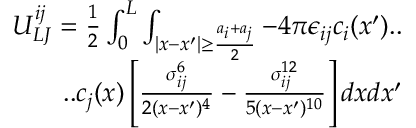
\begin{array} { r } { U _ { L J } ^ { i j } = \frac { 1 } { 2 } \int _ { 0 } ^ { L } \int _ { | x - x ^ { \prime } | \geq \frac { a _ { i } + a _ { j } } { 2 } } - 4 \pi \epsilon _ { i j } c _ { i } ( x ^ { \prime } ) . . } \\ { . . c _ { j } ( x ) \left[ \frac { \sigma _ { i j } ^ { 6 } } { 2 ( x - x ^ { \prime } ) ^ { 4 } } - \frac { \sigma _ { i j } ^ { 1 2 } } { 5 ( x - x ^ { \prime } ) ^ { 1 0 } } \right] d x d x ^ { \prime } } \end{array}